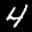
Label: 4